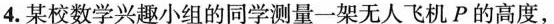
4.某校数学兴趣小组的同学测量一架无人飞机P的高度，